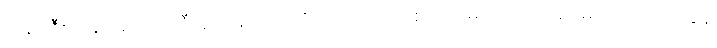
ဘရာဇီးလ်နဲ့ အာဂျင်တီးနားအသင်းတို့ ယှဉ်ပြိုင် ကစားကြမယ့် ကိုပါအမေရိကဗိုလ်လုပွဲနဲ့